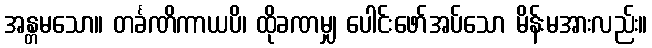
အန္တမသော။ တင်္ခဏိကာယပိ၊ ထိုခဏမျှ ပေါင်းဖော်အပ်သော မိန်းမအားလည်း။